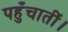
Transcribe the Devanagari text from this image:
पहुँचातीं।